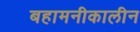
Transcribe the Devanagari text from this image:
बहामनीकालीन